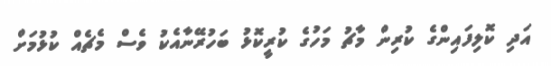
އަދި ކޮލިފައިންގެ ކުރިން މާޗު މަހުގެ ކުރީކޮޅު ބަހުރޭނާއެކު ވެސް މެޗެއް ކުޅުމަށް